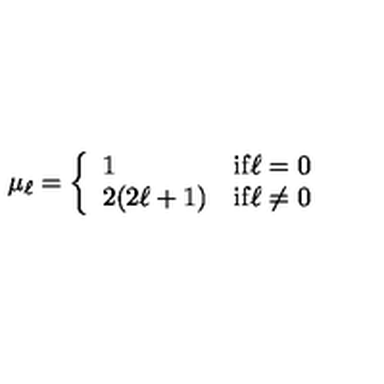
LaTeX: \mu _ { \ell } = \left\{ \begin{array} { l l } { 1 } & { \mathrm { i f \ell = 0 } } \\ { 2 ( 2 \ell + 1 ) } & { \mathrm { i f \ell \neq 0 } } \\ \end{array} \right. \nonumber